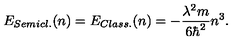
E _ { S e m i c l . } ( n ) = E _ { C l a s s . } ( n ) = - { \frac { \lambda ^ { 2 } m } { 6 \hbar ^ { 2 } } } n ^ { 3 } .